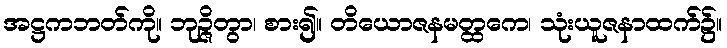
အဋ္ဌကဘတ်ကို။ ဘုဉ္ဇိတွာ၊ စား၍။ တိယောဇနမတ္ထကေ၊ သုံးယူဇနာထက်၌။